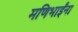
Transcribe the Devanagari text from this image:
मणिभाईंना